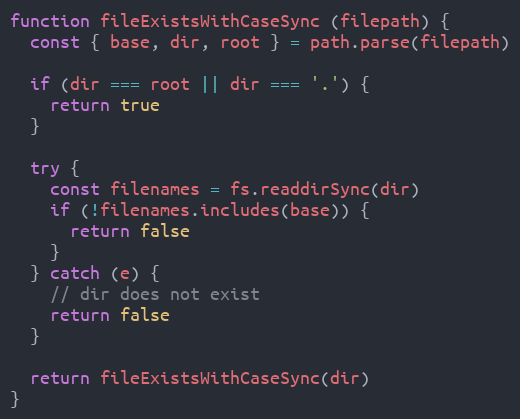
Language: JavaScript
function fileExistsWithCaseSync (filepath) {
  const { base, dir, root } = path.parse(filepath)

  if (dir === root || dir === '.') {
    return true
  }

  try {
    const filenames = fs.readdirSync(dir)
    if (!filenames.includes(base)) {
      return false
    }
  } catch (e) {
    // dir does not exist
    return false
  }

  return fileExistsWithCaseSync(dir)
}